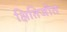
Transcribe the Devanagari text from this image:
क्षितिजीत